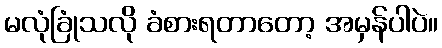
မလုံခြုံသလို ခံစားရတာတော့ အမှန်ပါပဲ။